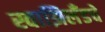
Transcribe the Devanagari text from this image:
स्वाझिलँडचे